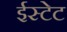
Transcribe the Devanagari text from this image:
ईस्टेट